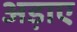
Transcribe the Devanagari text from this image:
अड़ाए